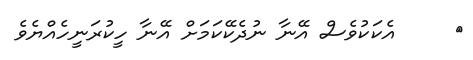
٨     އެކަކުވެސް އޭނާ ނުދެކޭކަމަށް އޭނާ ހީކުރަނީހެއްޔެެވެ